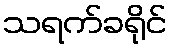
သရက်ခရိုင်